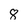
Character: 8